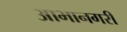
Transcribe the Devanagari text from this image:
आभानगरी